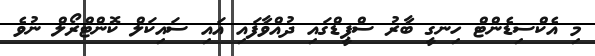
މި އެކްސިޑެންޓް ހިނގީ ބާރު ސްޕީޑްގައި ދުއްވާފައި އައި ސައިކަލް ކޮންޓްރޯލް ނުވެ